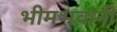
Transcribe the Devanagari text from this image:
भीमभवानी